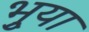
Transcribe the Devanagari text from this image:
भुर्‍या